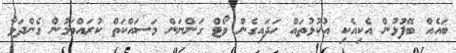
ބައެއް ބޭފުޅުން އެކިއެކި އުކުޅުތައް ހަދައިގެން ވޯޓް ގަންނަން މަސައްކަތް ކުރައްވަމުން ގެންދަވާ